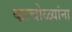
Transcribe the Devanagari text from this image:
काचोळ्यांना